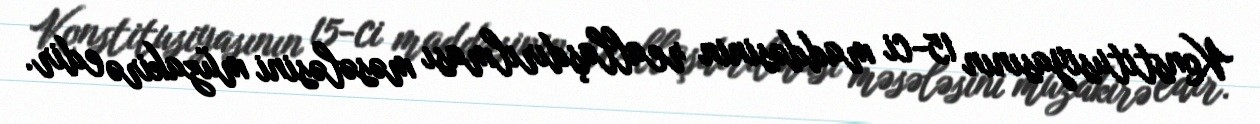
Konstitusiyasının 15-ci maddəsinin reallaşdırılması məsələsini müzakirə edir.